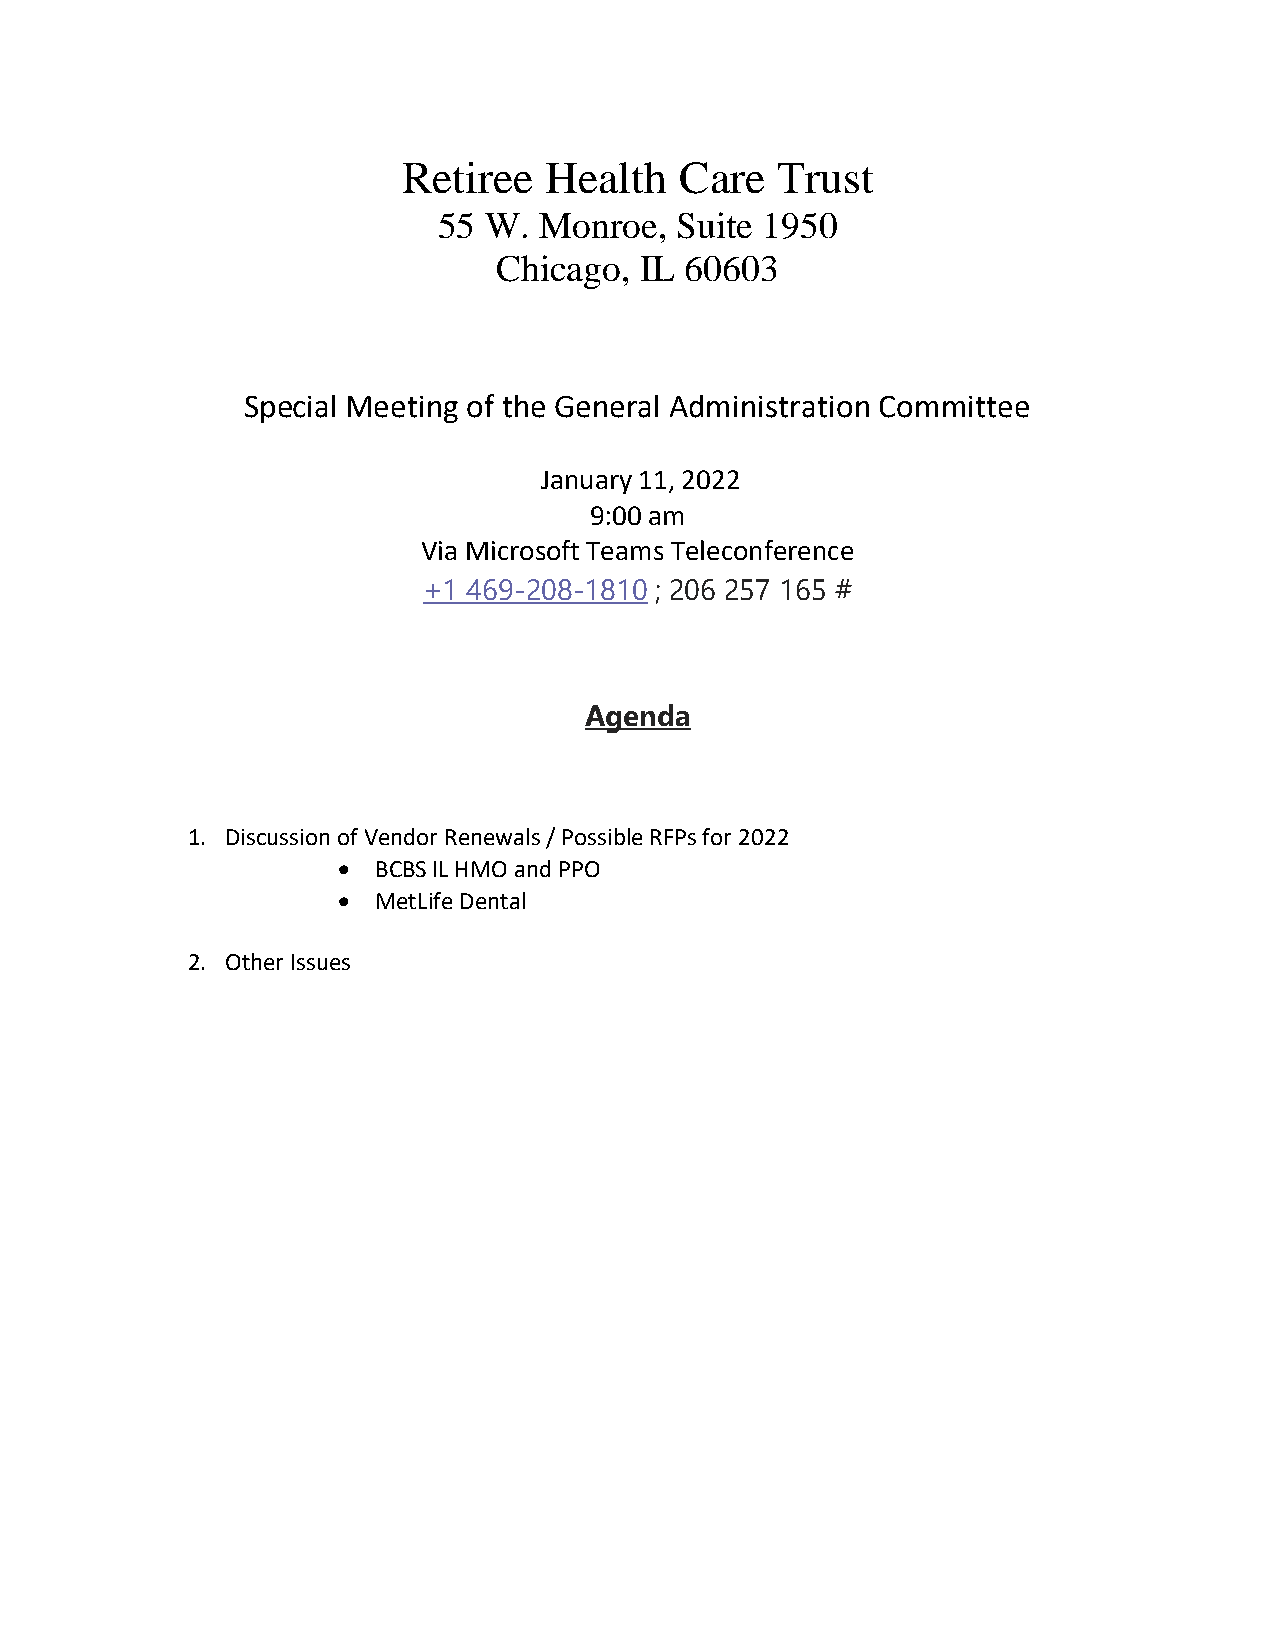
Retiree  Health   Care  Trust
 55 W.  Monroe,  Suite 1950
 Chicago, IL 60603
 Special Meeting of the General Administration Committee
 January 11, 2022
 9:00 am
 Via Microsoft Teams Teleconference
 +1 469-208-1810 ; 206 257 165 #
 Agenda
 1. Discussion of Vendor Renewals / Possible RFPs for 2022
 •  BCBS IL HMO and PPO
 •  MetLife Dental
 2. Other Issues